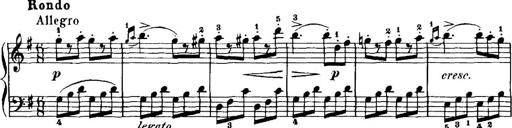
Title: 7 Sonatinas
Composer: Anton Diabelli